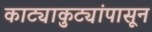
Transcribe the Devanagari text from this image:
काट्याकुट्यांपासून